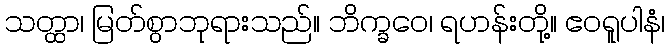
သတ္ထာ၊ မြတ်စွာဘုရားသည်။ ဘိက္ခဝေ၊ ရဟန်းတို့။ ဧဝရူပါနံ၊